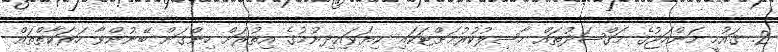
2. ޤައުމީ މަންހަޖުގެ މަޤްޞަދުތައް ހާސިލުކުރުމަށްޓަކައި ކިޔަވައިދިނުމުގެ އިތުރަށް ހިންގަން ބޭނުންވާ ހަރަކާތްތައް